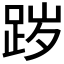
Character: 𰸊